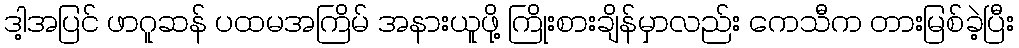
ဒါ့အပြင် ဖာဂူဆန် ပထမအကြိမ် အနားယူဖို့ ကြိုးစားချိန်မှာလည်း ကေသီက တားမြစ်ခဲ့ပြီး